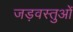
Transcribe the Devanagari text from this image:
जड़वस्तुओं